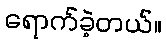
ရောက်ခဲ့တယ်။